Note on the mental hospitals in Burma - 1925-1940
Year: 1925
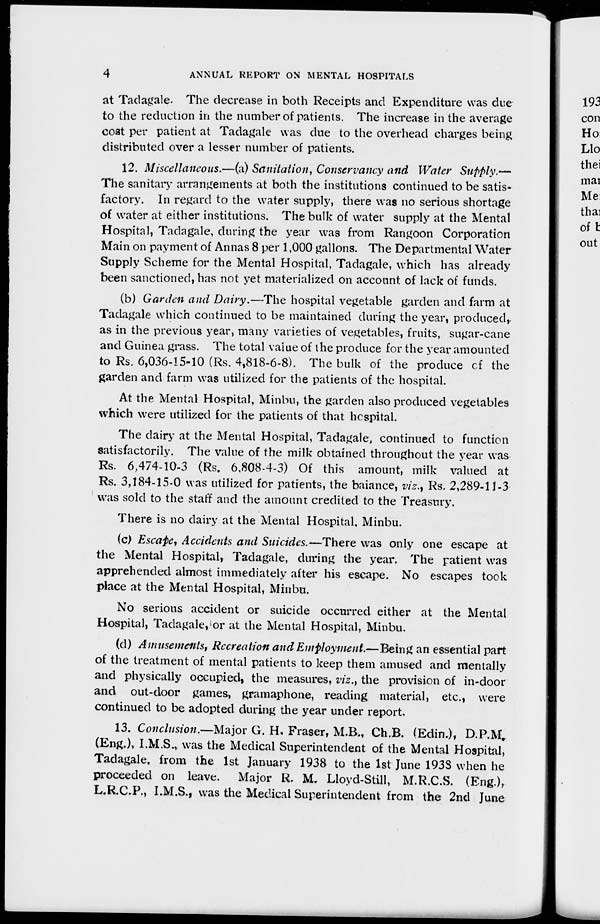
4
ANNUAL REPORT ON MENTAL HOSPITALS
at Tadagale. The decrease in both Receipts and Expenditure was due
to the reduction in the number of patients. The increase in the average
cost per patient at Tadagale was due to the overhead charges being
distributed over a lesser number of patients.
12. Miscellaneous.—(a) Sanitation, Conservancy and Water Supply.—
The sanitary arrangements at both the institutions continued to be satis-
factory. In regard to the water supply, there was no serious shortage
of water at either institutions. The bulk of water supply at the Mental
Hospital, Tadagale, during the year was from Rangoon Corporation
Main on payment of Annas 8 per 1,000 gallons. The Departmental Water
Supply Scheme for the Mental Hospital, Tadagale, which has already
been sanctioned, has not yet materialized on account of lack of funds.
(b) Garden and Dairy.—The hospital vegetable garden and farm at
Tadagale which continued to be maintained during the year, produced,.
as in the previous year, many varieties of vegetables, fruits, sugar-cane
and Guinea grass. The total value of the produce for the year amounted
to Rs. 6,036-15-10 (Rs. 4,818-6-8). The bulk of the produce of the
garden and farm was utilized for the patients of the hospital.
At the Mental Hospital, Minbu, the garden also produced vegetables
which were utilized for the patients of that hospital.
The dairy at the Mental Hospital, Tadagale, continued to function
satisfactorily. The value of the milk obtained throughout the year was
Rs. 6,474-10-3 (Rs. 6,808-4-3) Of this amount, milk valued at
Rs. 3,184-15-0 was utilized for patients, the balance, viz., Rs. 2,289-11-3
was sold to the staff and the amount credited to the Treasury.
There is no dairy at the Mental Hospital, Minbu.
(c) Escape, Accidents and Suicides.—There was only one escape at
the Mental Hospital, Tadagale, during the year. The patient was
apprehended almost immediately after his escape. No escapes took
place at the Mental Hospital, Minbu.
No serious accident or suicide occurred either at the Mental
Hospital, Tadagale, or at the Mental Hospital, Minbu.
(d) Amusements, Recreation and Employment.—Being an essential part
of the treatment of mental patients to keep them amused and mentally
and physically occupied, the measures, viz., the provision of in-door
and out-door games, gramaphone, reading material, etc., were
continued to be adopted during the year under report.
13. Conclusion.—Major G. H. Fraser, M.B., Ch.B. (Edin.), D.P.M.
(Eng.), I.M.S., was the Medical Superintendent of the Mental Hospital,
Tadagale, from the 1st January 1938 to the 1st June 1933 when he
proceeded on leave. Major R. M. Lloyd-Still, M.R.C.S. (Eng.),
L.R.C.R, I.M.S., was the Medical Superintendent from the 2nd June